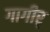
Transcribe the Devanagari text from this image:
गागीर्